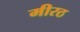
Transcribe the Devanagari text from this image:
मीरठ